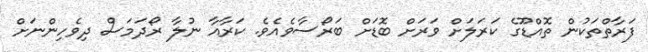
ފަރާތްތަކުން ތޮއްޑޫގެ ކަރަލަށް ވަރަށް ބޮޑަށް ބަރޯސާވެއެވެ. ކަރާއާ ނުލާ ރޯދަމަސް ދިވެހިންނަށް